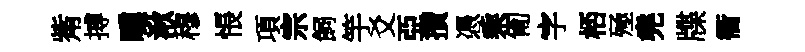
觜搏曛湫穆悵項宗飼竽爻亞攅憑乘匍字桮殛堯牒衢